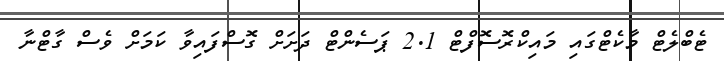
ޓެބްލެޓް މާކެޓްގައި މައިކްރޮސޮފްޓް 2.1 ޕަސެންޓް ދަށަށް ގޮސްފައިވާ ކަމަށް ވެސް ގާޓްނާ